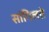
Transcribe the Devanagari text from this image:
सांगिलते